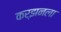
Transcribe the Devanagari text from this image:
कर्झनला